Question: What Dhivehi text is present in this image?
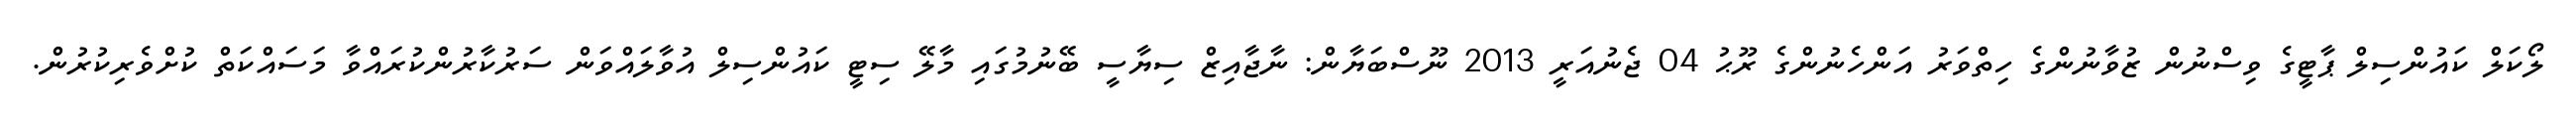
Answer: ލޯކަލް ކައުންސިލް ޕާޓީގެ ވިސްނުން ޒުވާނުންގެ ހިތްވަރު އަންހެނުންގެ ރޫޙު 04 ޖެނުއަރީ 2013 ނޫސްބަޔާން: ނާޖާއިޒް ސިޔާސީ ބޭނުމުގައި މާލޭ ސިޓީ ކައުންސިލް އުވާލައްވަން ސަރުކާރުންކުރައްވާ މަސައްކަތް ކުށްވެރިކުރުން.